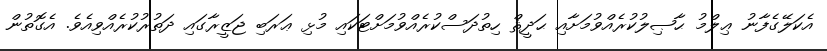
އެކަލޭގެފާނު ޢިލްމު ޙާޞިލުކުރެއްވުމަށާއި ޙަދީޘް ހިތުދަސްކުރެއްވުމަށްޓަކައި މުޅި ޢަރަބި ޖަޒީރާގައި ދަތުރުކުރެއްވިއެވެ. އެގޮތުން